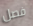
فصل